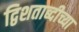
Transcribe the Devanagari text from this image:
द्विशताब्दीच्या